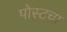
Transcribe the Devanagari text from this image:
पोस्टचा